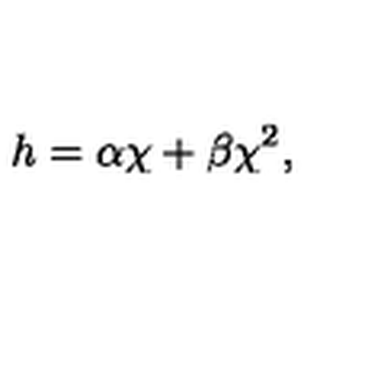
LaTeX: h = \alpha \chi + \beta \chi ^ { 2 } ,